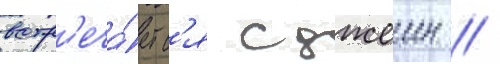
встр'еча́етс'я с джеин /